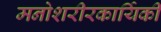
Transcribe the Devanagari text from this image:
मनोशरीरकार्यिकी